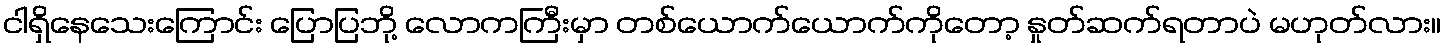
ငါရှိနေသေးကြောင်း ပြောပြဘို့ လောကကြီးမှာ တစ်ယောက်ယောက်ကိုတော့ နှုတ်ဆက်ရတာပဲ မဟုတ်လား။